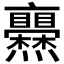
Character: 𤓥